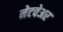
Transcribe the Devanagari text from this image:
नेटवेअर